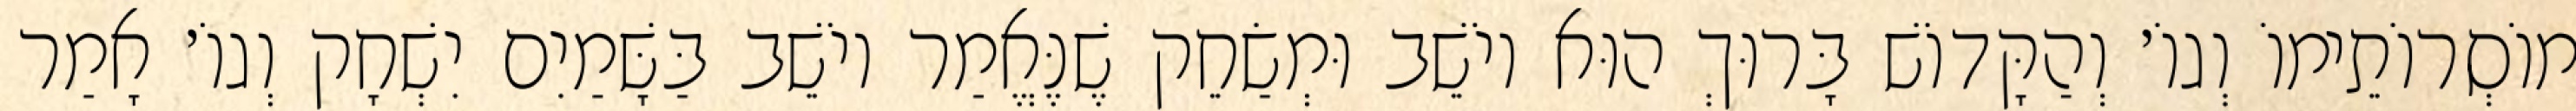
מוֹסְרוֹתֵימוֹ וְגוֹ׳ וְהַקָּדוֹשׁ בָּרוּךְ הוּא יוֹשֵׁב וּמְשַׂחֵק שֶׁנֶּאֱמַר יוֹשֵׁב בַּשָּׁמַיִם יִשְׁחָק וְגוֹ׳ אָמַר